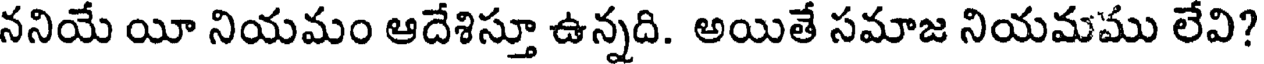
ననియే యీ నియమం ఆదేశిస్తూ ఉన్నది. అయితే సమాజ నియమము లేవి?